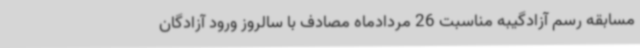
مسابقه رسم آزادگیبه مناسبت 26 مردادماه مصادف با سالروز ورود آزادگان